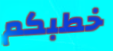
خطبكم